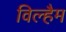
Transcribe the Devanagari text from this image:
विल्हैम